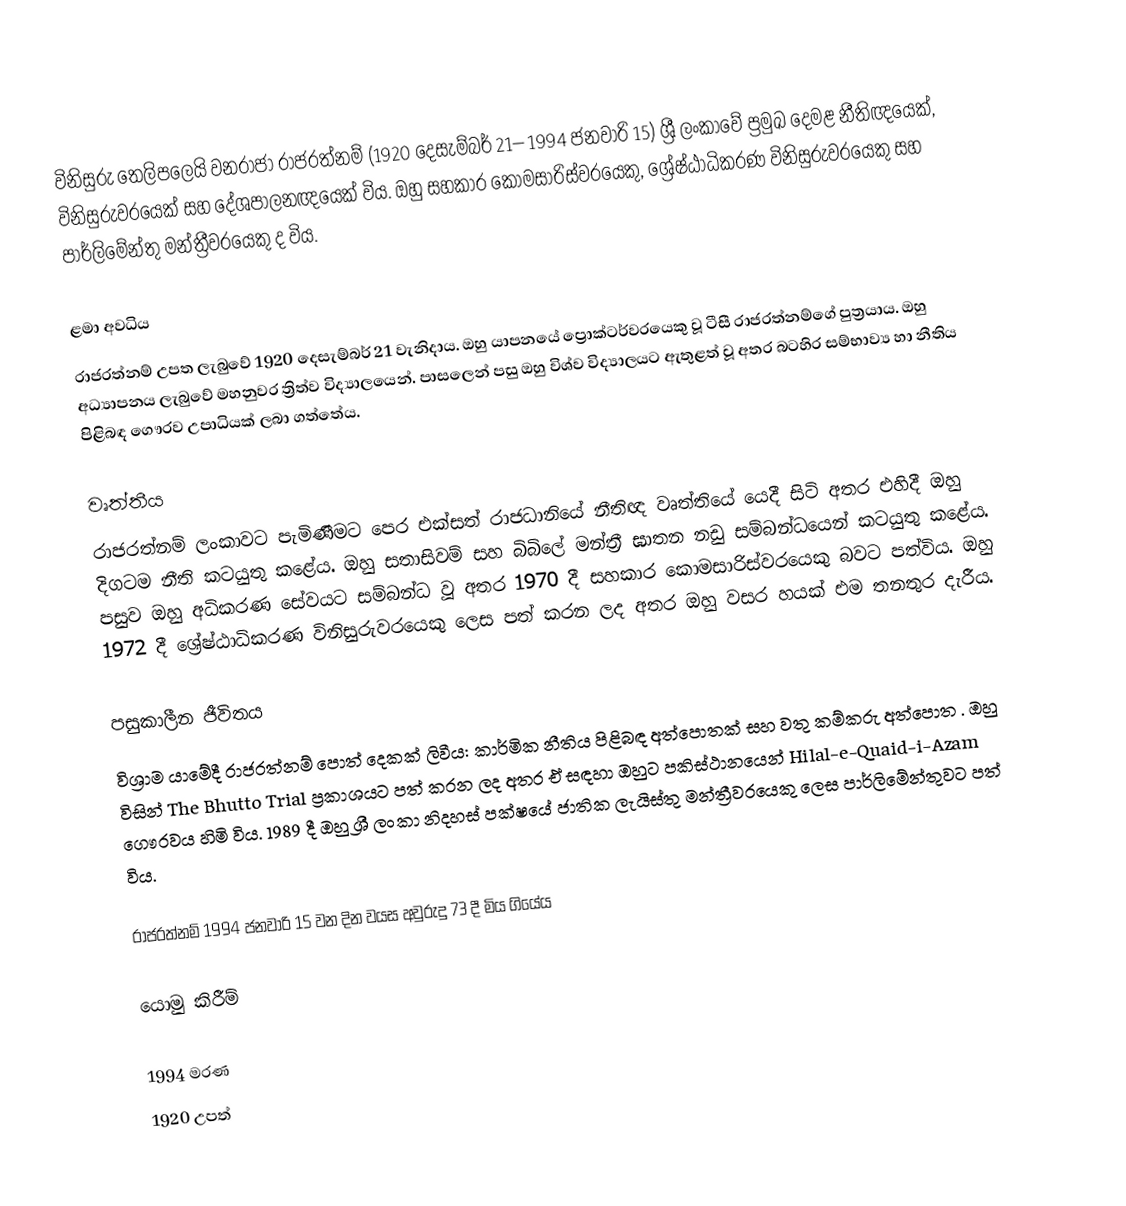
විනිසුරු තෙලිපලෙයි වනරාජා රාජරත්නම් (1920 දෙසැම්බර් 21– 1994 ජනවාරි 15) ශ්‍රී ලංකාවේ ප්‍රමුඛ දෙමළ නීතිඥයෙක්, විනිසුරුවරයෙක් සහ දේශපාලනඥයෙක් විය. ඔහු සහකාර කොමසාරිස්වරයෙකු, ශ්‍රේෂ්ඨාධිකරණ විනිසුරුවරයෙකු සහ පාර්ලිමේන්තු මන්ත්‍රීවරයෙකු ද විය.

ළමා අවධිය
රාජරත්නම් උපත ලැබුවේ 1920 දෙසැම්බර් 21 වැනිදාය. ඔහු යාපනයේ ප්‍රොක්ටර්වරයෙකු වූ ටීසී රාජරත්නම්ගේ පුත්‍රයාය. ඔහු අධ්‍යාපනය ලැබුවේ මහනුවර ත්‍රිත්ව විද්‍යාලයෙන්. පාසලෙන් පසු ඔහු විශ්ව විද්‍යාලයට ඇතුළත් වූ අතර බටහිර සම්භාව්‍ය හා නීතිය පිළිබඳ ගෞරව උපාධියක් ලබා ගත්තේය.

වෘත්තීය
රාජරත්නම් ලංකාවට පැමිණීමට පෙර එක්සත් රාජධානියේ නීතිඥ වෘත්තියේ යෙදී සිටි අතර එහිදී ඔහු දිගටම නීති කටයුතු කළේය. ඔහු සතාසිවම් සහ බිබිලේ මන්ත්‍රී ඝාතන නඩු සම්බන්ධයෙන් කටයුතු කළේය. පසුව ඔහු අධිකරණ සේවයට සම්බන්ධ වූ අතර 1970 දී සහකාර කොමසාරිස්වරයෙකු බවට පත්විය. ඔහු 1972 දී ශ්‍රේෂ්ඨාධිකරණ විනිසුරුවරයෙකු ලෙස පත් කරන ලද අතර ඔහු වසර හයක් එම තනතුර දැරීය.

පසුකාලීන ජීවිතය
විශ්‍රාම යාමේදී රාජරත්නම් පොත් දෙකක් ලිවීය: කාර්මික නීතිය පිළිබඳ අත්පොතක් සහ වතු කම්කරු අත්පොත .  ඔහු විසින් The Bhutto Trial ප්‍රකාශයට පත් කරන ලද අතර ඒ සඳහා ඔහුට පකිස්ථානයෙන් Hilal-e-Quaid-i-Azam ගෞරවය හිමි විය.  1989 දී ඔහු ශ්‍රී ලංකා නිදහස් පක්ෂයේ ජාතික ලැයිස්තු මන්ත්‍රීවරයෙකු ලෙස පාර්ලිමේන්තුවට පත් විය.

රාජරත්නම් 1994 ජනවාරි 15 වන දින වයස අවුරුදු 73 දී මිය ගියේය

යොමු කිරීම්

1994 මරණ
1920 උපත්